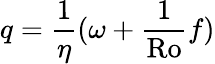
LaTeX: q=\frac{1}{\eta}(\omega+\frac{1}{\mathrm{Ro}}f)